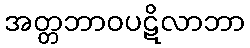
အတ္တဘာဝပဋိလာဘာ